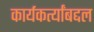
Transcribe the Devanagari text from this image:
कार्यकर्त्यांबद्दल